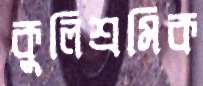
কুলিশ্রমিক